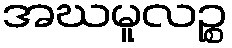
အဃမူလဉ္စ